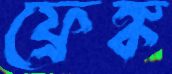
ফ্রেঙ্ক